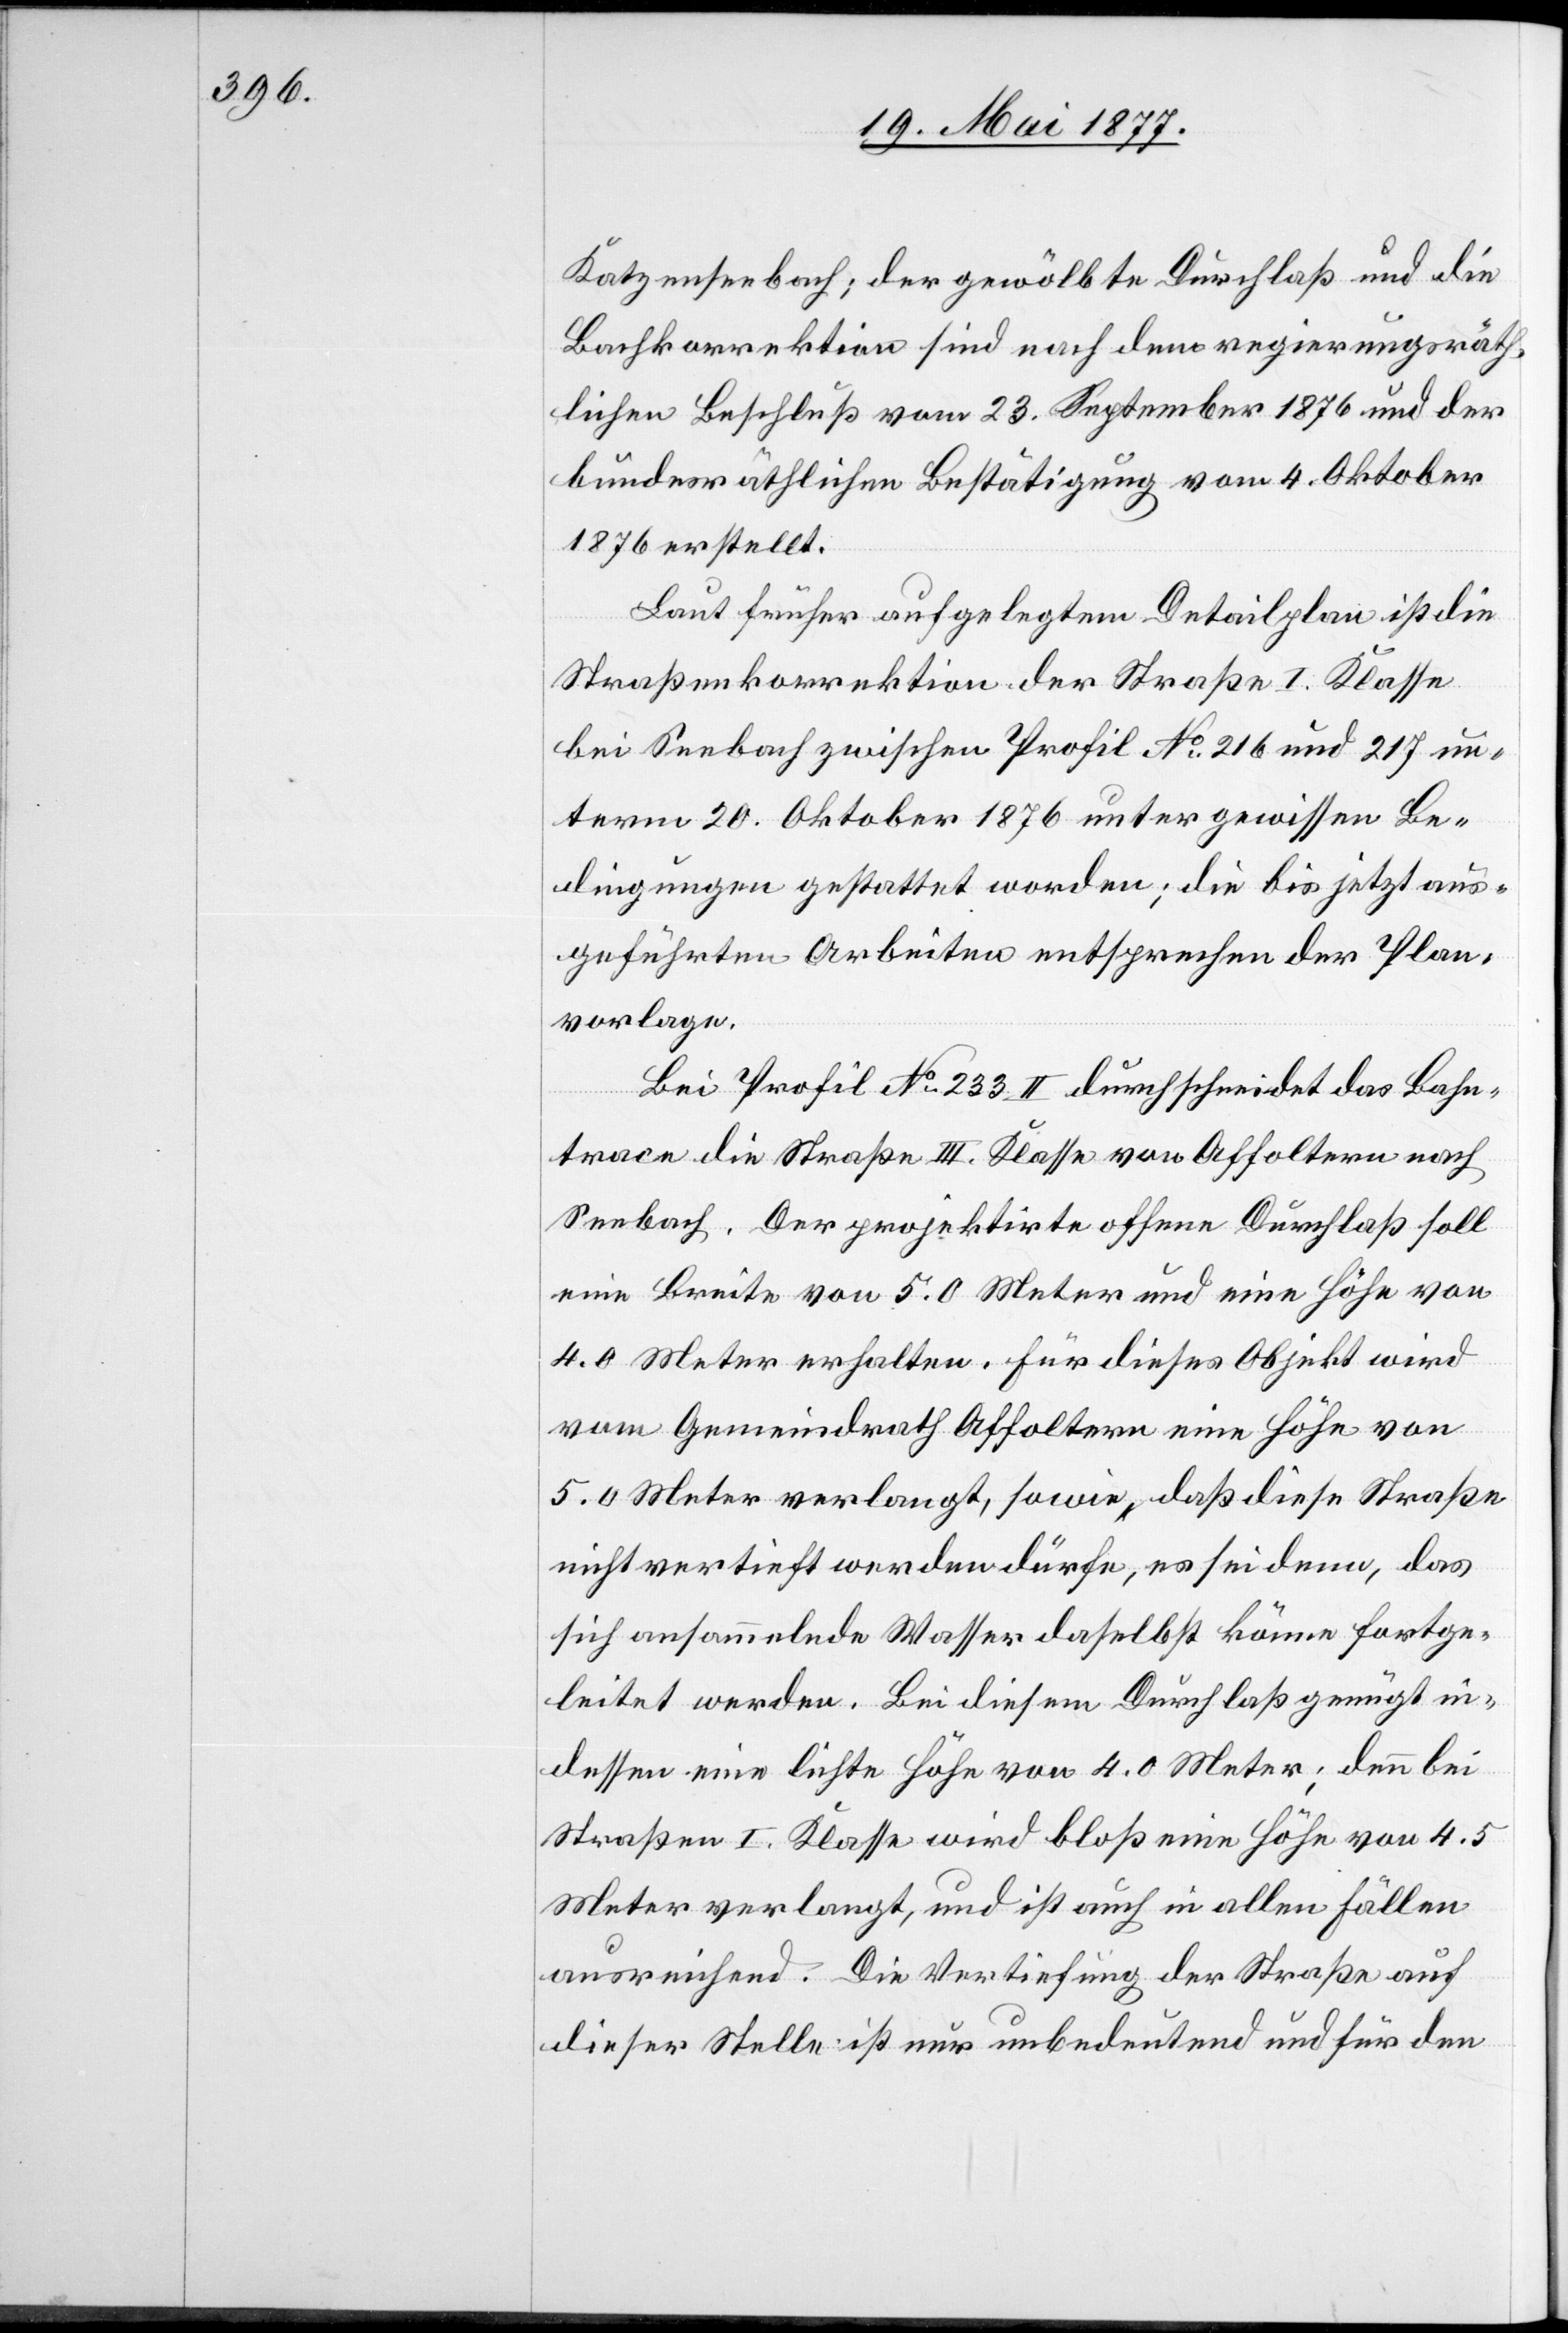
Katzenbach; der gewölbte Durchlaß und die
Bachkorrektion sind nach dem regierungsräth¬
lichen Beschluß vom 23. September 1876 und der
bundesräthlichen Bestätigung vom 4. Oktober
1876 erstellt.
Laut früher aufgelegtem Detailplan ist die
Straßenkorrektion der Straße I. Klasse
bei Seebach zwischen Profil No 216 und 217 un¬
term 20. Oktober 1876 unter gewissen Be¬
dingungen gestattet worden; die bis jetzt aus¬
geführten Arbeiten entsprechen dieser Plan¬
vorlage.
Bei Profil No 233 II durchschneidet das Bahn¬
trace die Straße III. Klasse von Affoltern nach
Seebach. Der projektirte offene Durchlaß soll
eine Breite von 5.0 Meter und eine Höhe von
4.0 Meter erhalten. Für dieses Objekt wird
vom Gemeindrath Affoltern eine Höhe von
5.0 Meter verlangt, sowie, daß diese Straße
nicht vertieft werden dürfe, es sei denn, das
sich ansammelnde Wasser daselbst könne fortge¬
leitet werden. Bei diesem Durchlaß genügt in¬
dessen eine lichte Höhe von 4.0 Meter; denn bei
Straßen I. Klasse wird bloß eine Höhe von 4.5
Meter verlangt, und es ist auch in allen Fällen
ausreichend. Die Vertiefung der Straße auf
dieser Stelle ist nur unbedeutend und für den